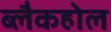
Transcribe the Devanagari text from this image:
ब्लैकहोल